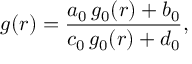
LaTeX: g ( r ) = { \frac { a _ { 0 } \, g _ { 0 } ( r ) + b _ { 0 } } { c _ { 0 } \, g _ { 0 } ( r ) + d _ { 0 } } } ,